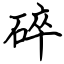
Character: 碎